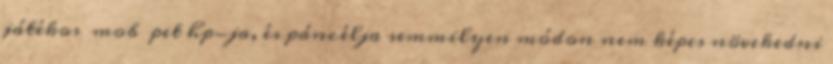
játékos mob pet hp-ja, és páncélja semmilyen módon nem képes növekedni